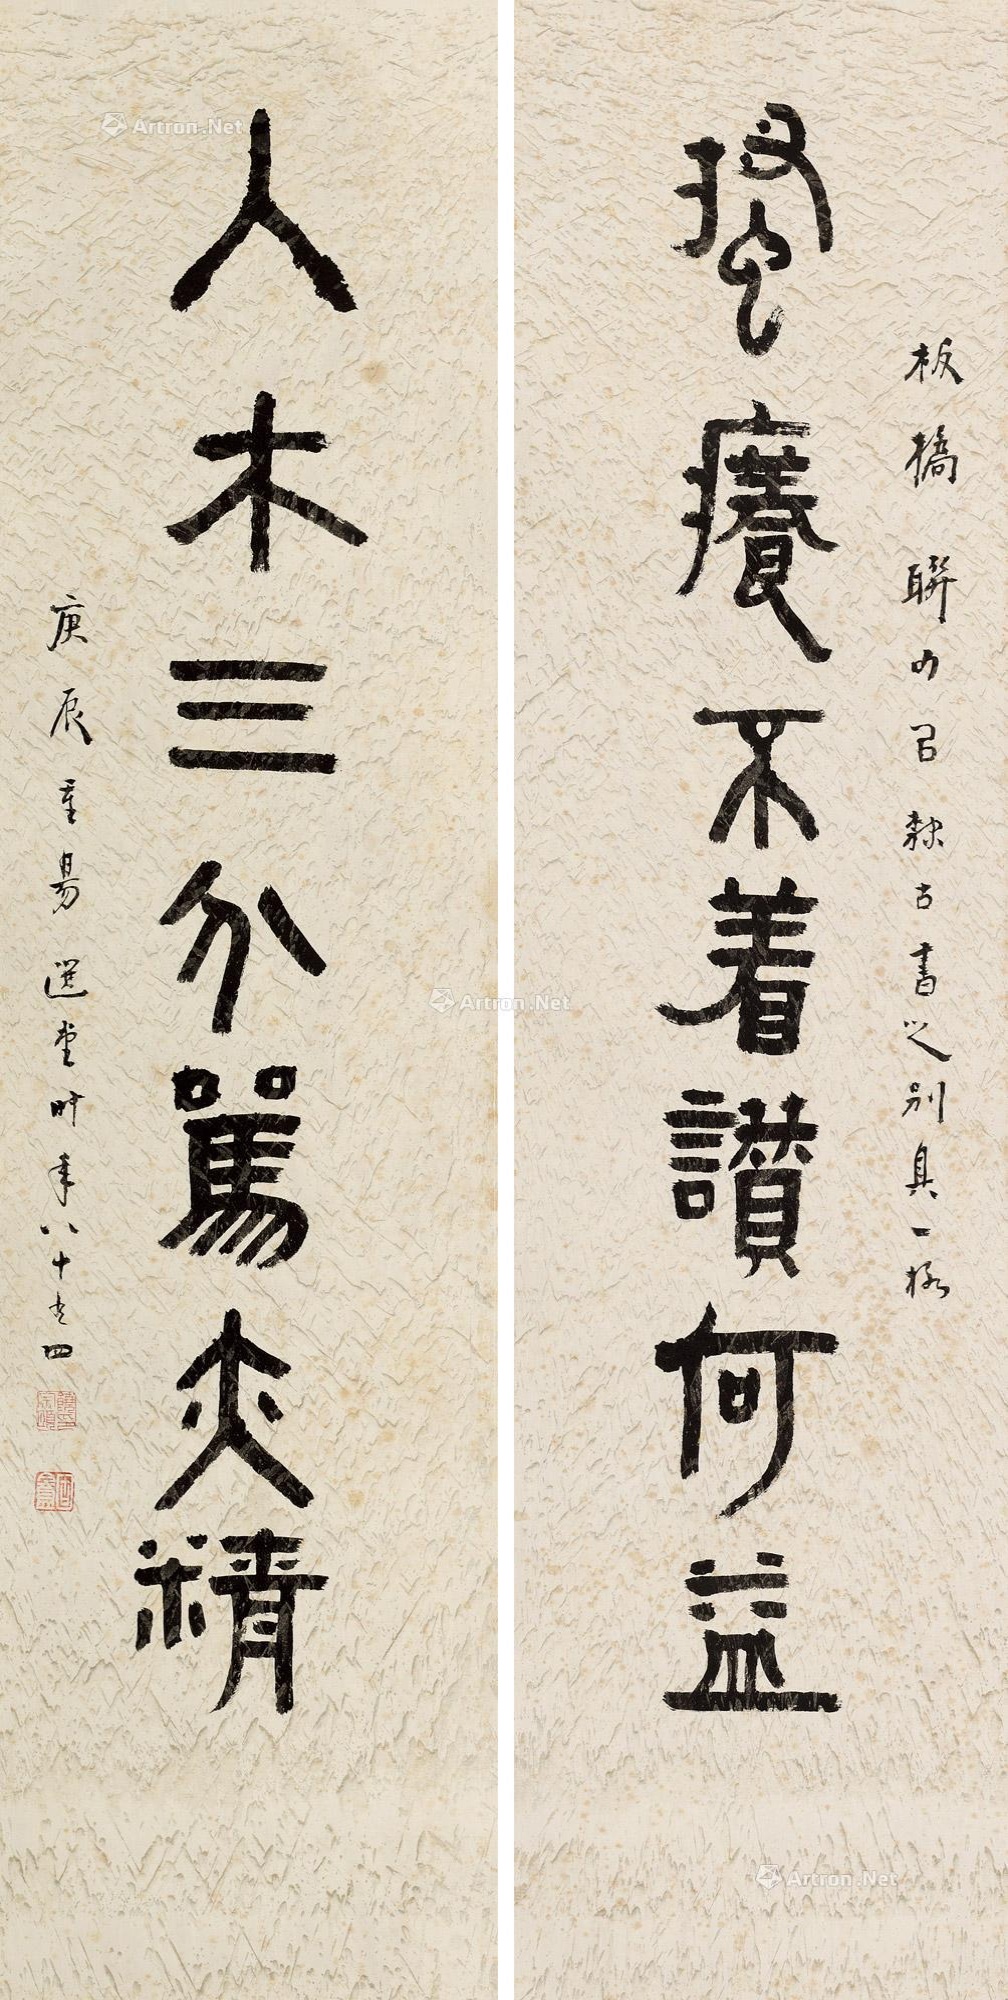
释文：搔痒不着赞何益，入木三分骂亦精。板桥联句，以隶古书之，别具一格。庚辰重阳，选堂时年八十有四。